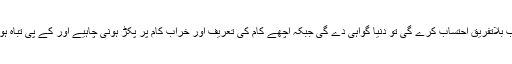
انہوں نے مطالبہ کیا کہ نیب بلاتفریق احتساب کرے گی تو دنیا گواہی دے گی جبکہ اچھے کام کی تعریف اور خراب کام پر پکڑ ہونی چاہیے اور کے پی تباہ ہو گیا نیب کو پوچھنا چاہیے۔